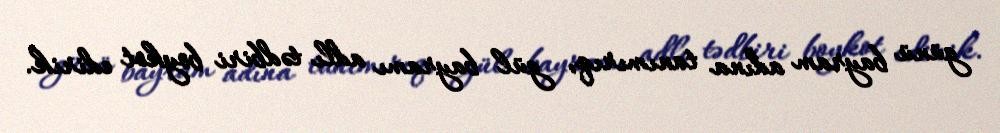
günü bayram adına tanımırıq, gül bayramı adlı tədbiri boykot edirik.